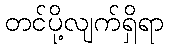
တင်ပို့လျက်ရှိရာ